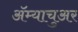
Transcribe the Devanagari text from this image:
अॅम्याचुअर